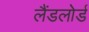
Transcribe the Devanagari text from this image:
लैंडलोर्ड